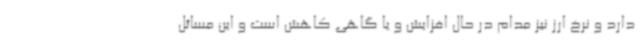
دارد و نرخ ارز نیز مدام در حال افزایش و یا گاهی کاهش است و این مسائل